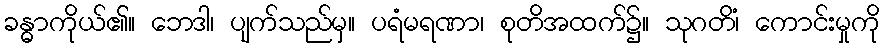
ခန္ဓာကိုယ်၏။ ဘေဒါ၊ ပျက်သည်မှ။ ပရံမရဏာ၊ စုတိအထက်၌။ သုဂတိံ၊ ကောင်းမှုကို